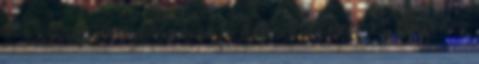
2 2 Szektor Fogl. száma fő Árbevétel ezer Ft Működés